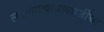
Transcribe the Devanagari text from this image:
लढण्याचाबाळाजींचा